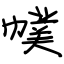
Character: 幞